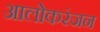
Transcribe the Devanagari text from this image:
आलोकरंजन